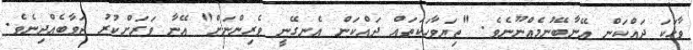
ވާހަކަ ދައްކަން އޭނާބޭނުމެއްނޫނެވެ. "ތިޔަވާހަކަތައް ދައްކަން އެނގޭނީ ވެރިންނަށް" އޭނާ ވަރަށްކުރު ޖަވާބެއްދިނެވެ.